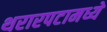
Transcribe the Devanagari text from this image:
थरारपटामध्ये